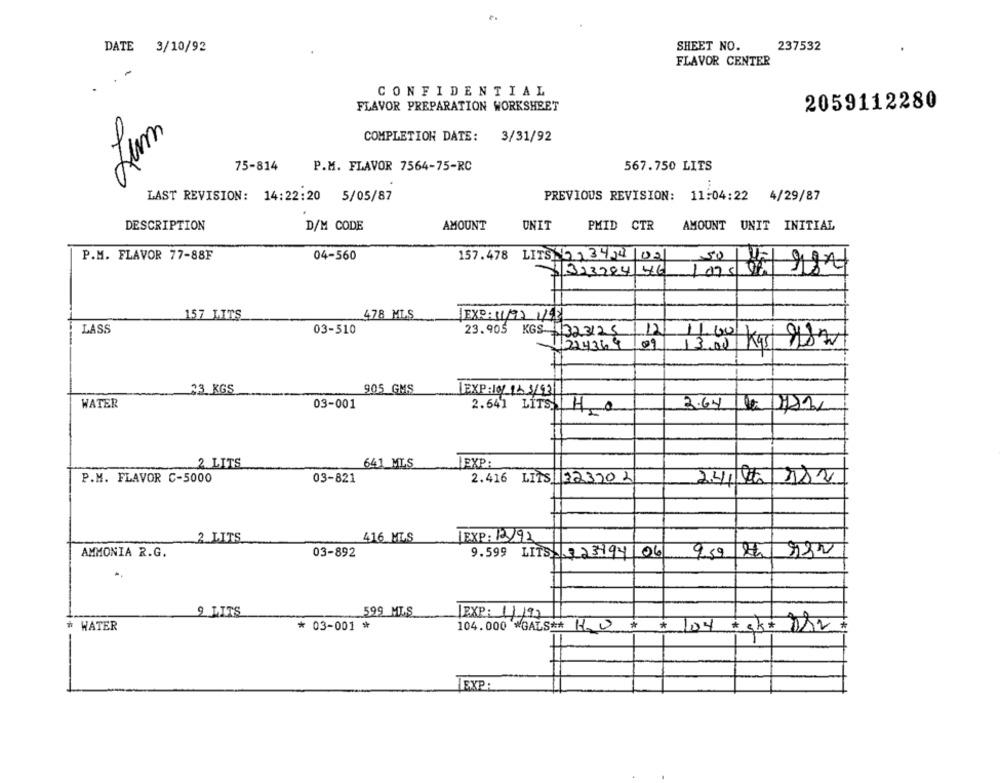
SHEET NO.
237532
DATE 3/10/92
FLAVOR CENTER
.
CONFIDENTIAL
FLAVOR PREPARATION WORKSHEET
2059112280
COMPLETION DATE: 3/31/92
75-814
P.M. FLAVOR 7564-75-RC
567.750 LITS
LAST REVISION: 14:22:20 5/05/87
PREVIOUS REVISION: 11:04:22 4/29/87
DESCRIPTION
D/M CODE
AMOUNT
UNIT
PMID CTR
AMOUNT UNIT INITIAL
P.M. FLAVOR 77-88F
04-560
157.478 LITS) (0) 34/04/02
50
3323284 46
1075
157 LITS
478 MLS
EXO: 11/92 1198
LASS
03-510
23.905 KGS 323125
12
09
1224369
13.00
Kg 282
23 KGS
905 GMS
LEXP: loy 12 3/931
WATER
03-001
2.64] LITS H_O
3.64 12 7212
2 LITS
IEXP:
641 MLS
P.M. FLAVOR C-5000
2.416 LITS 32320 1
24/16/182
03-821
2 LITS
416 MLS
[EXP: 13/92
AMMONIA R.G.
03-892
9.599 LITS 323994/06
599 MLS
9 LITS
EXP: 1/192
WATER
* 03-001 *
#104 tsk* DD2=
104.000 *GALS ** H_O
EXP: